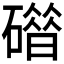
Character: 𰧦